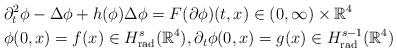
LaTeX: \begin{align*}&\partial_t^2 \phi - \Delta \phi + h(\phi)\Delta \phi = F(\partial \phi) (t,x)\in (0,\infty)\times {\mathbb R}^4\\&\phi(0,x)=f(x) \in H^{s}_{{\rm rad}}({\mathbb R}^4), \partial_{t}\phi(0, x)=g(x) \in H^{s-1}_{{\rm rad}}({\mathbb R}^4)\end{align*}